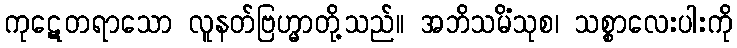
ကုဋေတရာသော လူနတ်ဗြဟ္မာတို့သည်။ အဘိသမိံသုစ၊ သစ္စာလေးပါးကို